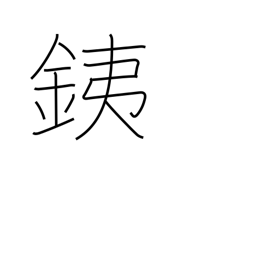
Meaning: iron